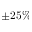
\pm 2 5 \%